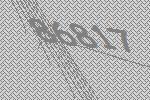
86817